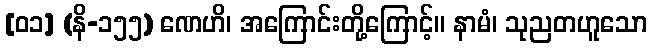
[၀၁] (နိ-၁၅၅) ဏေဟိ၊ အကြောင်းတို့ကြောင့်။ နာမံ၊ သုညတဟူသော